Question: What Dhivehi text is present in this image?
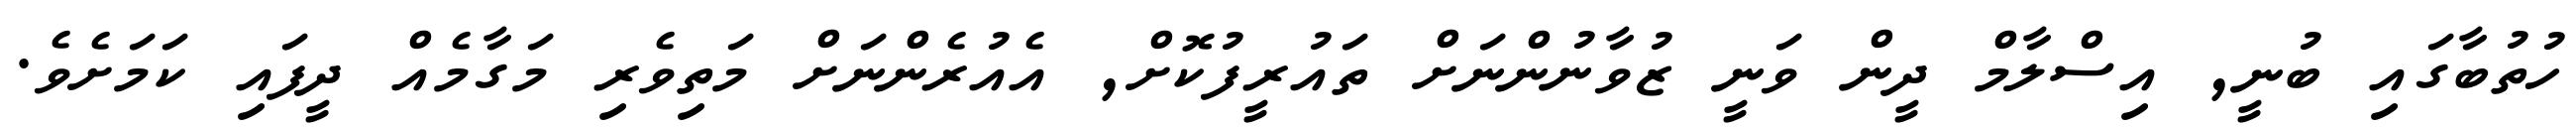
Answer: ހުތުބާގައި ބުނީ, އިސްލާމް ދީން ވަނީ ޒުވާނުންނަށް ތައުރީފުކޮށް, އެއުރެންނަށް މަތިވެރި މަގާމެއް ދީފައި ކަމަށެވެ.